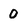
Character: 0